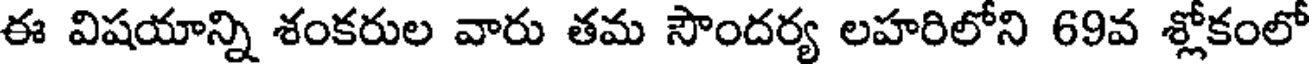
ఈ విషయాన్ని శంకరుల వారు తమ సౌందర్య లహరిలోని 69వ శ్లోకంలో